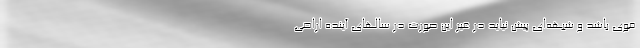
قوی باشد و شبهه‌ای پیش نیاید در غیر این صورت در سالهای آینده اراضی